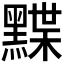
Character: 𪑧